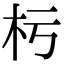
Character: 杇